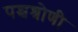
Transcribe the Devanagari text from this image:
पश्चश्रोणी